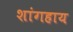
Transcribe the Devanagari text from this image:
शांगहाय